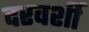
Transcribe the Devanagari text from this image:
दरवर्शी